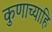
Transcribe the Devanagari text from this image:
कुणाच्याहि